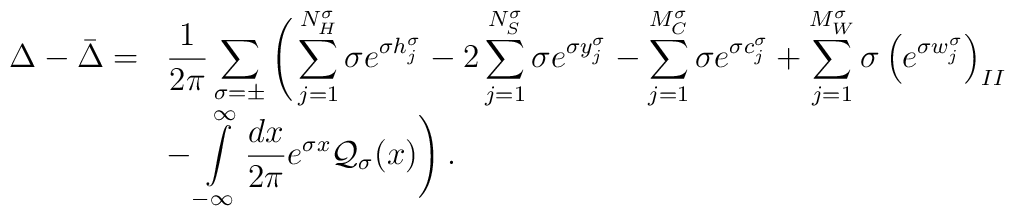
\begin{array}{rl}\displaystyle \Delta -\bar{\Delta }= & \displaystyle\frac{1}{2\pi }\displaystyle\sum _{\sigma =\pm }\Bigg (\displaystyle\sum ^{N^{\sigma }_{H}}_{j=1}\sigma e^{\sigma h^{\sigma }_{j}}-2\displaystyle\sum ^{N^{\sigma }_{S}}_{j=1}\sigma e^{\sigma y^{\sigma }_{j}}-\displaystyle\sum ^{M^{\sigma }_{C}}_{j=1}\sigma e^{\sigma c^{\sigma }_{j}}+\displaystyle\sum ^{M^{\sigma }_{W}}_{j=1}\sigma \left( e^{\sigma w_{j}^{\sigma }}\right) _{II}\\ & -\displaystyle\int\limits ^{\infty }_{-\infty }\displaystyle\frac{dx}{2\pi }e^{\sigma x}{\cal Q}_{\sigma }(x)\Bigg )\: .\end{array}